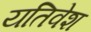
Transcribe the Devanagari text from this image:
यतिवेश